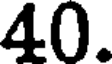
40.